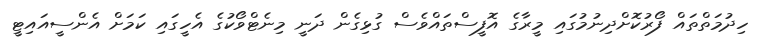
ހިދުމަތްތައް ފޯރުކޮށްދިނުމުގައި މީރާގެ އޮފީސްތައްވެސް ގުޅިގެން ދަނީ މިނެޓްވޯކުގެ އެހީގައި ކަމަށް އެންސީއައިޓީ